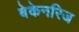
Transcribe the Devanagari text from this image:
बेकेनरिज